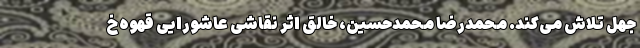
جهل تلاش می‌کند. محمدرضا محمدحسین، خالق اثر نقاشی عاشورایی قهوه‌خ